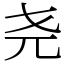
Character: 尧